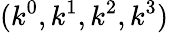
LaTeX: (k^{0},k^{1},k^{2},k^{3})